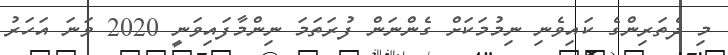
މި ދެތަރިންގެ ކައިވެނި ނިމުމަކަށް ގެންނަން ފުރަތަމަ ނިންމާފައިވަނީ 2020 ވަނަ އަހަރު